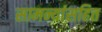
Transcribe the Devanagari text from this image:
सामन्यांसहित